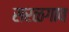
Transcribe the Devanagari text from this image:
सरळगाव